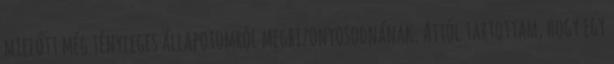
mielőtt még tényleges állapotomról megbizonyosodnának. Attól tartottam, hogy egy